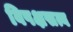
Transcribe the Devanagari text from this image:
विपक्षसत्व